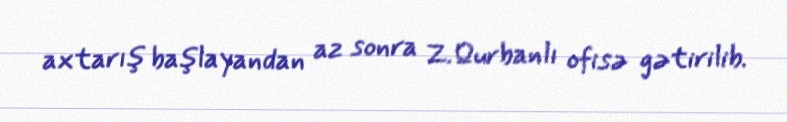
axtarış başlayandan az sonra Z.Qurbanlı ofisə gətirilib.